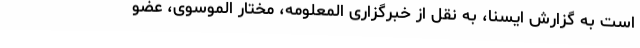
است به گزارش ایسنا، به نقل از خبرگزاری المعلومه، مختار الموسوی، عضو